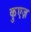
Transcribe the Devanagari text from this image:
कुएज़